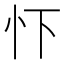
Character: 𢗄